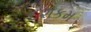
દશકમ